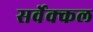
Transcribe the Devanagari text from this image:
सर्वेक्कल